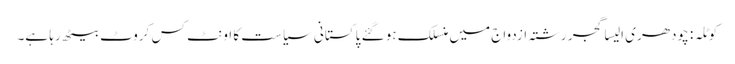
کوٹلہ : چودھری الیسا گجر رشتہ ازدواج میں منسلک ہو گئے	 پاکستانی سیاست کا اونٹ کس کروٹ بیٹھ رہا ہے۔